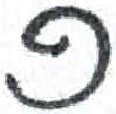
אות: פ